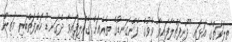
ތިލަވަތްގާ އަޅައި ދޫނިފަތްލާފައިވާ ވެވުގެ ފެންގަނޑުގެ ތެރެއަށް ގެއްލިފައިވާ ދެގަނޑު ހަރުފަތްބަރި މަތިން